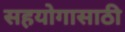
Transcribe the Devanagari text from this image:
सहयोगासाठी